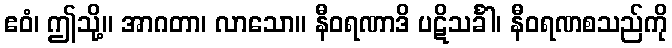
ဧဝံ၊ ဤသို့။ အာဂတာ၊ လာသော။ နီဝရဏာဒိ ပဋိသင်္ခါ၊ နီဝရဏစသည်ကို